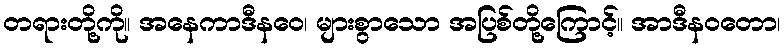
တရားတို့ကို။ အနေကာဒီနဝေ၊ များစွာသော အပြစ်တို့ကြောင့်။ အာဒီနဝတော၊